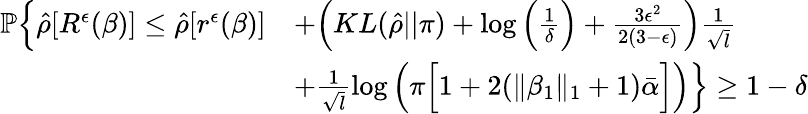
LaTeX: \begin{array}{rl}{\mathbb{P}\Big\{ \hat{\rho}[R^{\epsilon}(\beta)]\leq\hat{\rho}[r^{\epsilon}(\beta)]}&{+\Big(KL(\hat{\rho}||\pi)+\log\Big(\frac{1}{\delta}\Big)+\frac{3\epsilon^{2}}{2(3-\epsilon)}\Big)\frac{1}{\sqrt{l}}}\\ &{+\frac{1}{\sqrt{l}}\log\Big(\pi\Big[1+2(\| \beta_{1}\| _{1}+1)\bar{\alpha}\Big]\Big)\Big\} \geq 1-\delta}\end{array}